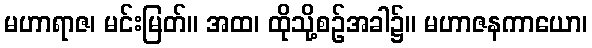
မဟာရာဇ၊ မင်းမြတ်။ အထ၊ ထိုသို့စဉ်အခါ၌။ မဟာဇနကာယော၊